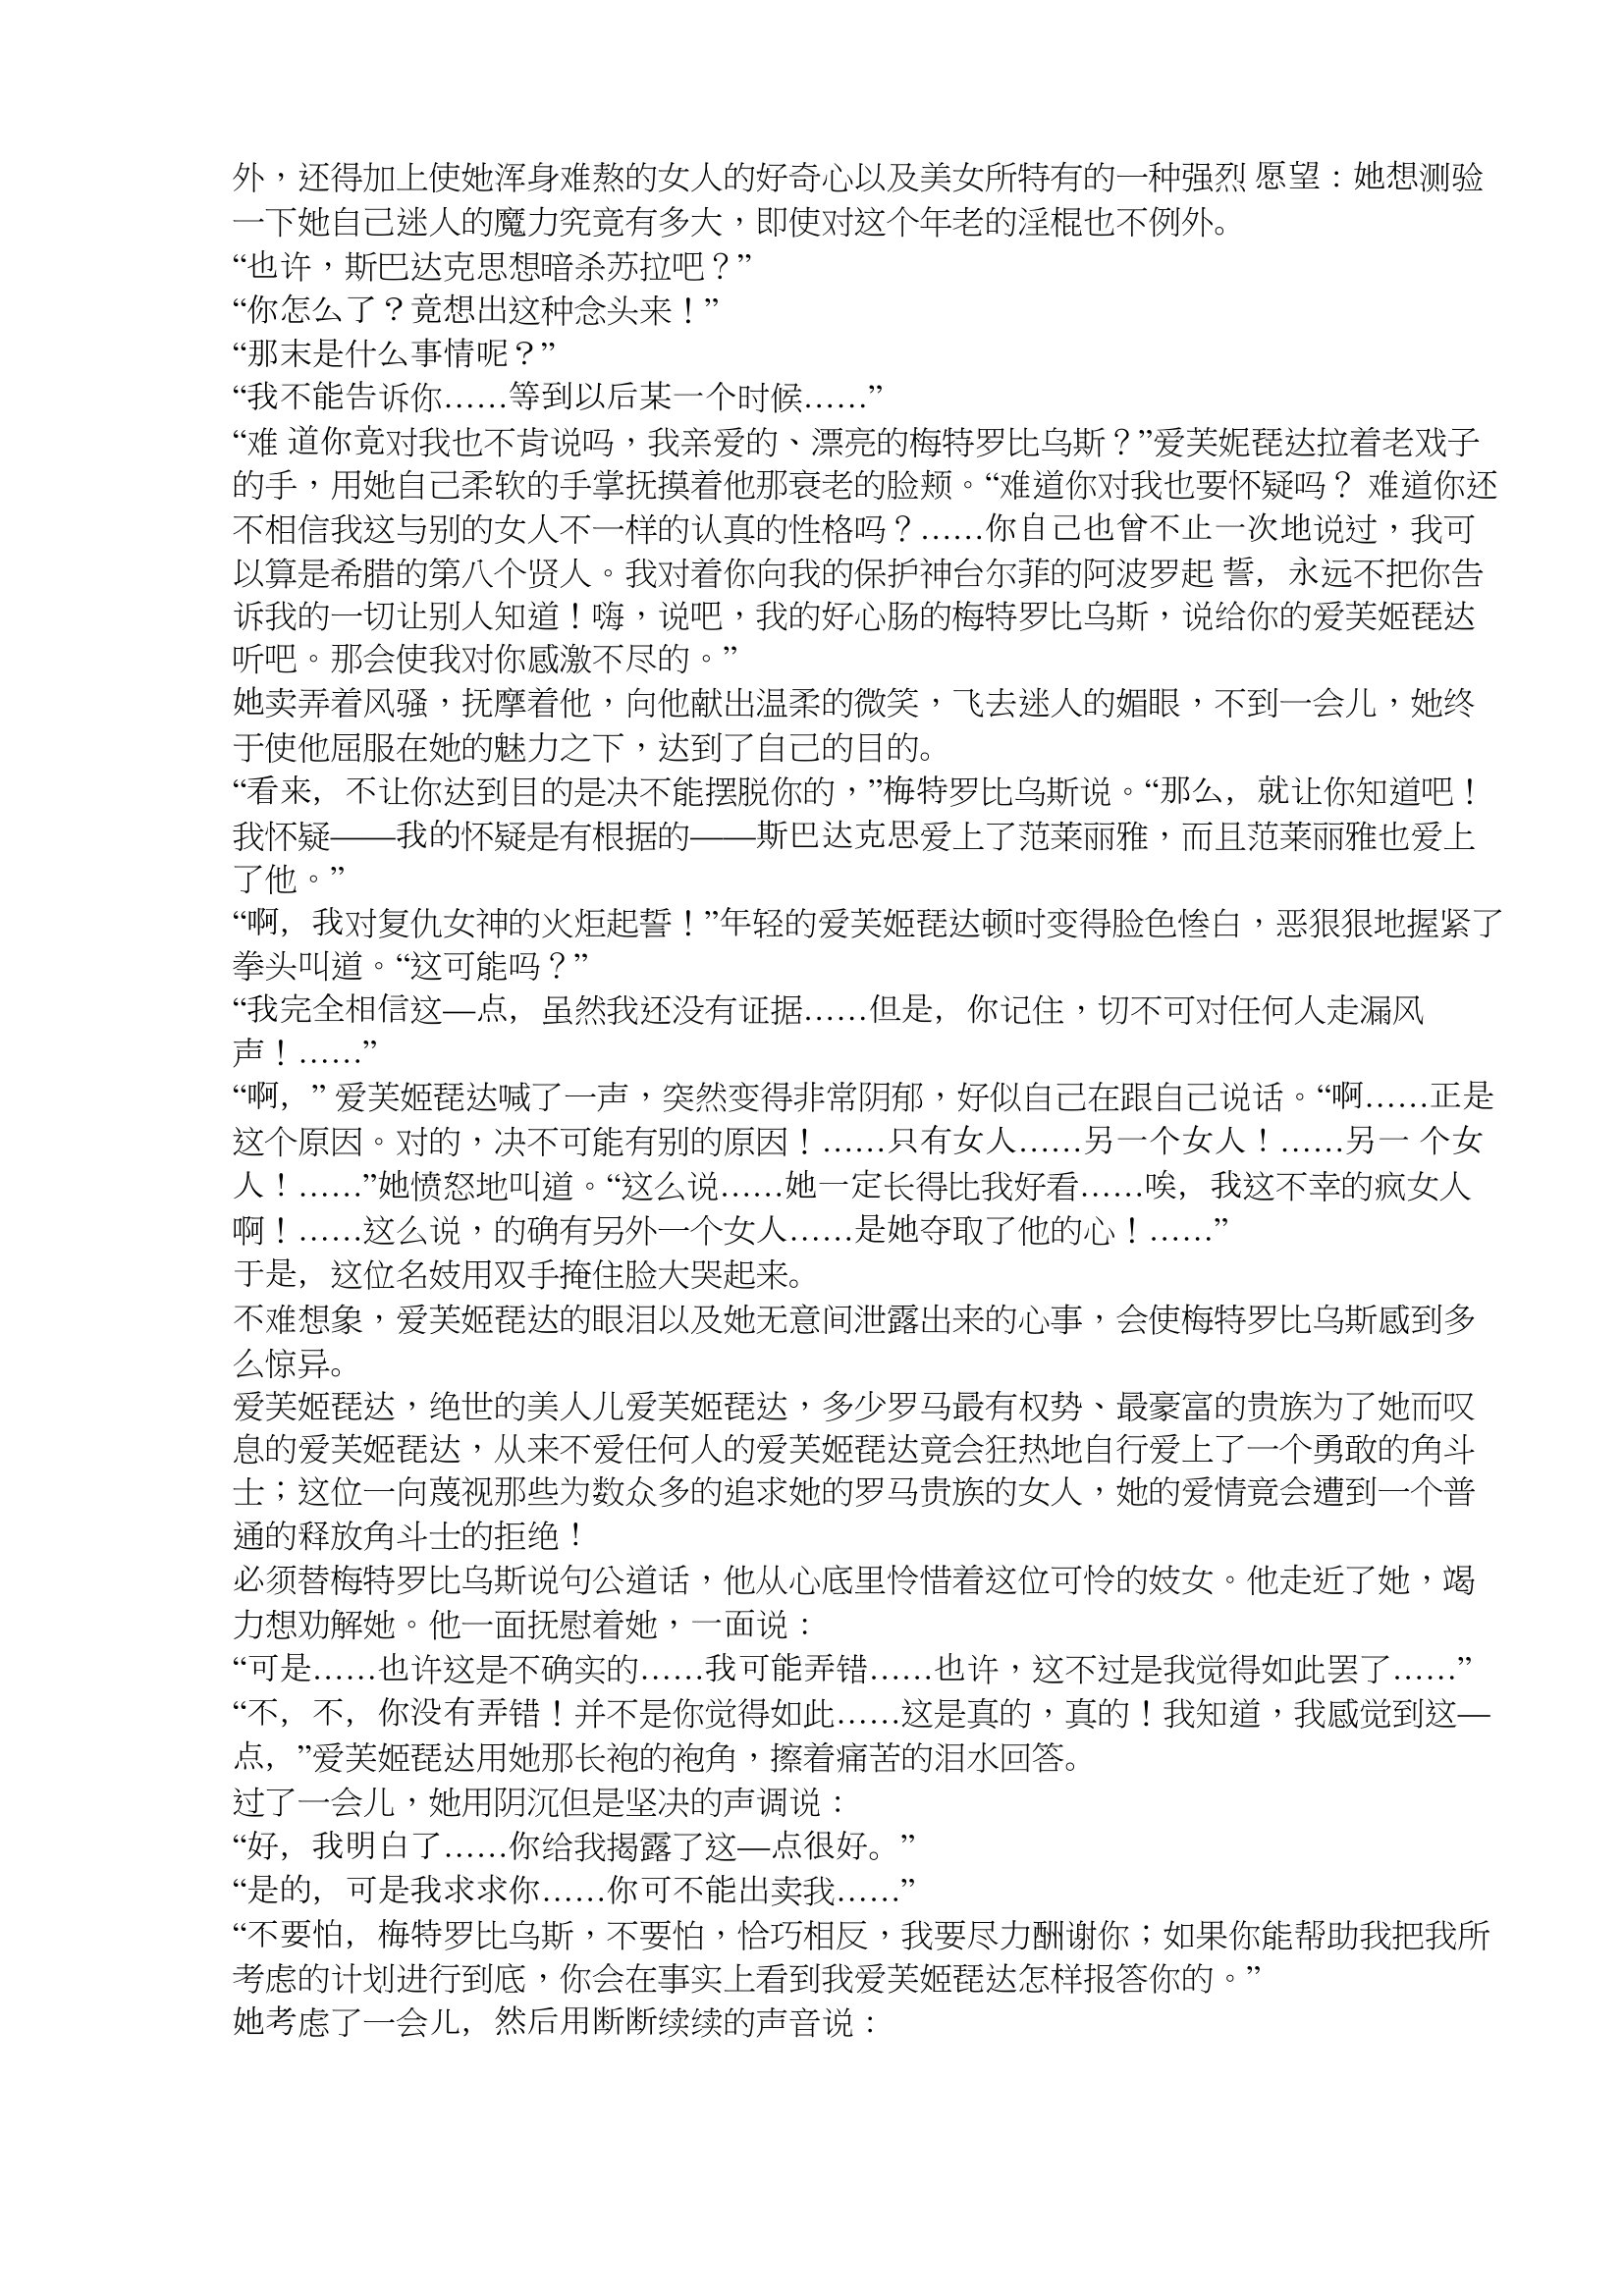
Language: zh